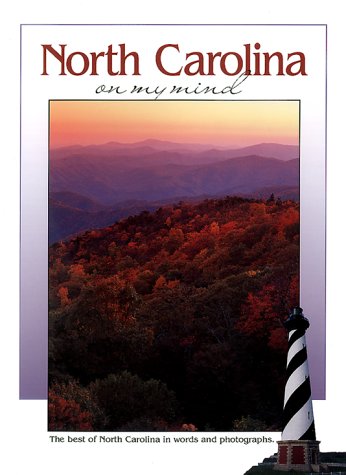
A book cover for North Carolina on My Mind: The Best of North Carolina in Words and Photographs (America on My Mind); Falcon Press; Travel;